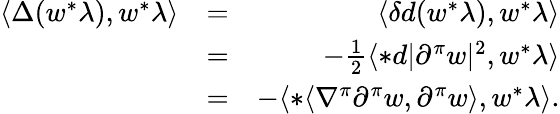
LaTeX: \begin{array}{rlr}{\langle\Delta(w^{*}\lambda),w^{*}\lambda\rangle}&{=}&{\langle\delta d(w^{*}\lambda),w^{*}\lambda\rangle}\\ &{=}&{-\frac{1}{2}\langle*d|\partial^{\pi}w|^{2},w^{*}\lambda\rangle}\\ &{=}&{-\langle*\langle\nabla^{\pi}\partial^{\pi}w,\partial^{\pi}w\rangle,w^{*}\lambda\rangle.}\end{array}